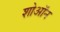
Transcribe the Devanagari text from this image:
शोऑन